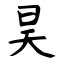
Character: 昊